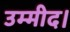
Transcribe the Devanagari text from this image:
उम्मीद।